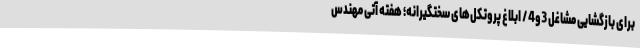
برای بازگشایی مشاغل 3و4 / ابلاغ پروتکل‌های سختگیرانه؛ هفته آتی مهندس